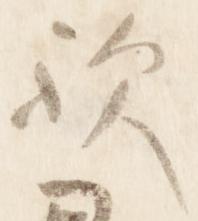
歟